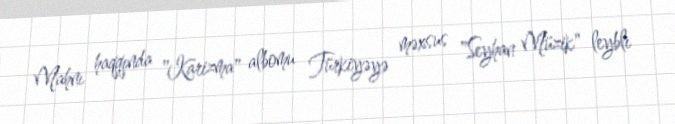
Mahnı haqqında "Karizma" albomu Türkiyəyə məxsus "Seyhan Müzik" leyblı